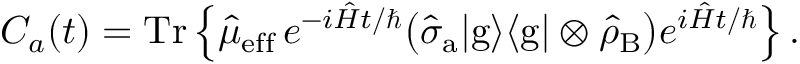
C _ { a } ( t ) = \mathrm { T r } \left\lbrace \hat { \mu } _ { \mathrm { e f f } } \, { e } ^ { - i \hat { H } t / \hbar } \big ( \hat { \sigma } _ { \mathrm { a } } { | } \mathrm { g } \rangle \langle { \mathrm { g } } | \otimes \hat { \rho } _ { \mathrm { B } } \big ) e ^ { i \hat { H } t / \hbar } \right\rbrace .